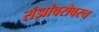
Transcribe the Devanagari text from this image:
संज्ञांबरोबरच